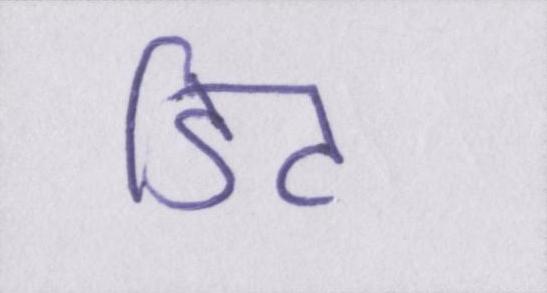
डिट